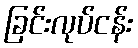
ခြင်းလုပ်ငန်း